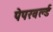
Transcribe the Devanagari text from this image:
पेपरवर्ल्ड